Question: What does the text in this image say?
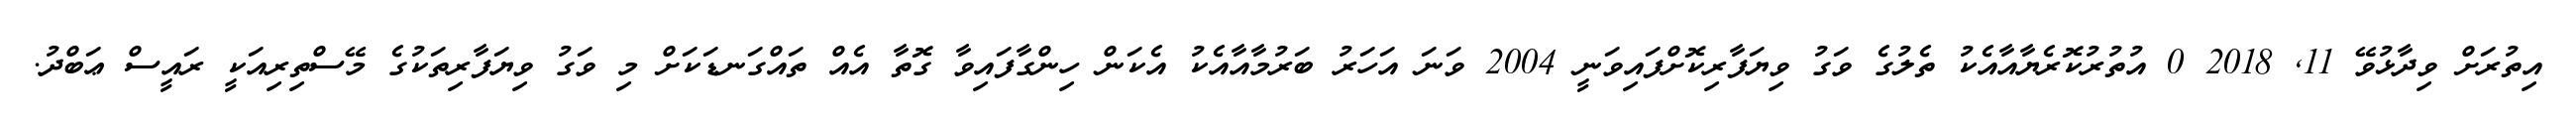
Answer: އިތުރަށް ވިދާޅުވޭ 11, 2018 0 އުތުރުކޮރެޔާއާއެކު ތެލުގެ ވަގު ވިޔަފާރިކޮށްފައިވަނީ 2004 ވަނަ އަހަރު ބަރުމާއާއެކު އެކަން ހިންގާފައިވާ ގޮތާ އެއް ތައްގަނޑަކަށް މި ވަގު ވިޔަފާރިތަކުގެ މޭސްތިރިއަކީ ރައީސް ޢަބްދު.